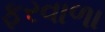
ફરવાળા